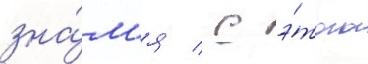
зна́м'я / с э́того